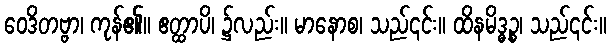
ဝေဒိတဗ္ဗာ၊ ကုန်၏။ ဧတ္ထာပိ၊ ၌လည်း။ မာနောစ၊ သည်၎င်း။ ထိနမိဒ္ဓဉ္စ၊ သည်၎င်း။